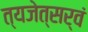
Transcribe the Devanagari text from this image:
त्यजेत्सर्वं